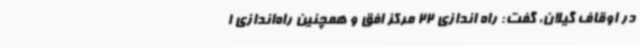
در اوقاف گیلان، گفت: راه اندازی 22 مرکز افق و همچنین راه‌اندازی 1